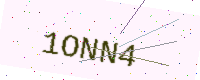
Text: 1ONN4